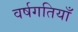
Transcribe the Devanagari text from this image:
वर्षगतियाँ